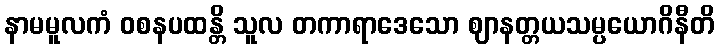
နာမမူလကံ ဝစနပထန္တိ သူလ တကာရာဒေသော ဈာနတ္တယသမ္ပယောဂိနီတိ